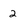
Character: 2